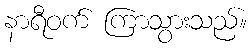
နာရီဝက် ကြာသွားသည်။